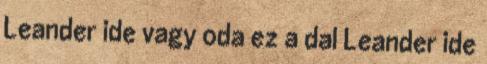
Leander ide vagy oda ez a dal Leander ide